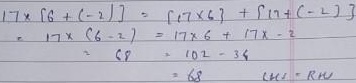
\begin{align*}
17\times[6+(-2)]&=(17\times6)+[17+(-2)]\\
17\times(6 - 2)&=17\times6+17\times - 2\\
68&=102-34\\
68&=68 \quad \text{LHS = RHS}
\end{align*}